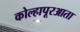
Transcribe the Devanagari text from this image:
कोल्हापूरआता